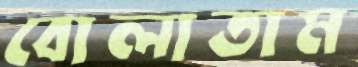
বোলাতাম